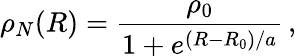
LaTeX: \rho_{N}(R)=\frac{\rho_{0}}{1+e^{(R-R_{0})/a}}\, ,